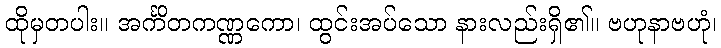
ထိုမှတပါး။ အင်္ကိတကဏ္ဏကော၊ ထွင်းအပ်သော နားလည်းရှိ၏။ ဗဟုနာဗဟုံ၊